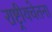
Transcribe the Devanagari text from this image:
राष्ट्रीयचेतना